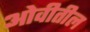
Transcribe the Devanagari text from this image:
ओवीतील